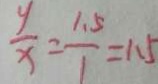
\frac { y } { x } = \frac { 1 . 5 } { 1 } = 1 . 5